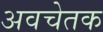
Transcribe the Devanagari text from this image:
अवचेतक